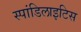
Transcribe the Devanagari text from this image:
स्पांडिलाइटिस